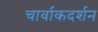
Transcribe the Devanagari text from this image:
चार्वाकदर्शन